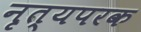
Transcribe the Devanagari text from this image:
नृत्यपरक